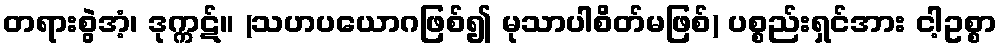
တရားစွဲအံ့၊ ဒုက္ကဋ်။ (သဟပယောဂဖြစ်၍ မုသာပါစိတ်မဖြစ်) ပစ္စည်းရှင်အား ငါ့ဥစ္စာ